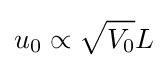
u_{0}\propto {\sqrt {V_{0}}}L